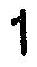
1